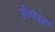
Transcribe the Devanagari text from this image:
लेप्पर